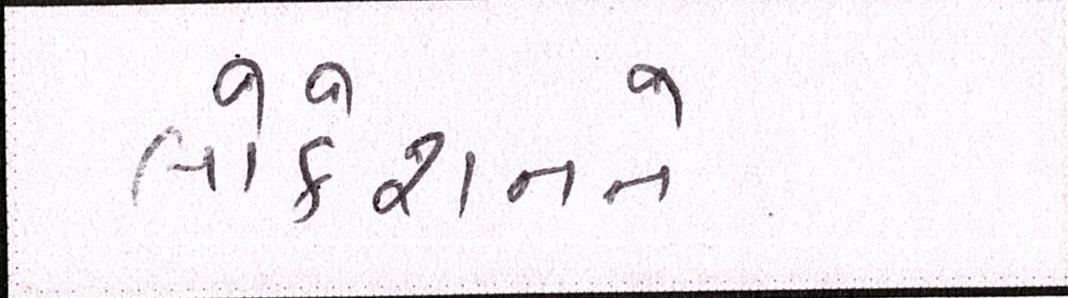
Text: લોકેશનને